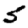
Digit: 5